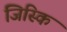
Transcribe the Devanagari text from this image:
जिस्कि